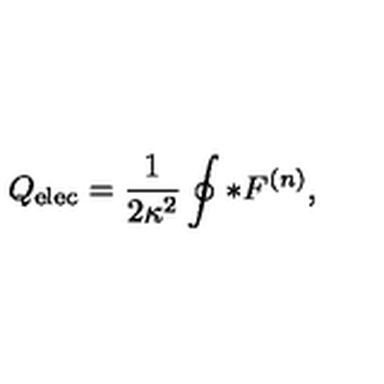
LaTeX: Q _ { \mathrm { e l e c } } = { \frac { 1 } { 2 \kappa ^ { 2 } } } \oint \ast F ^ { ( n ) } ,